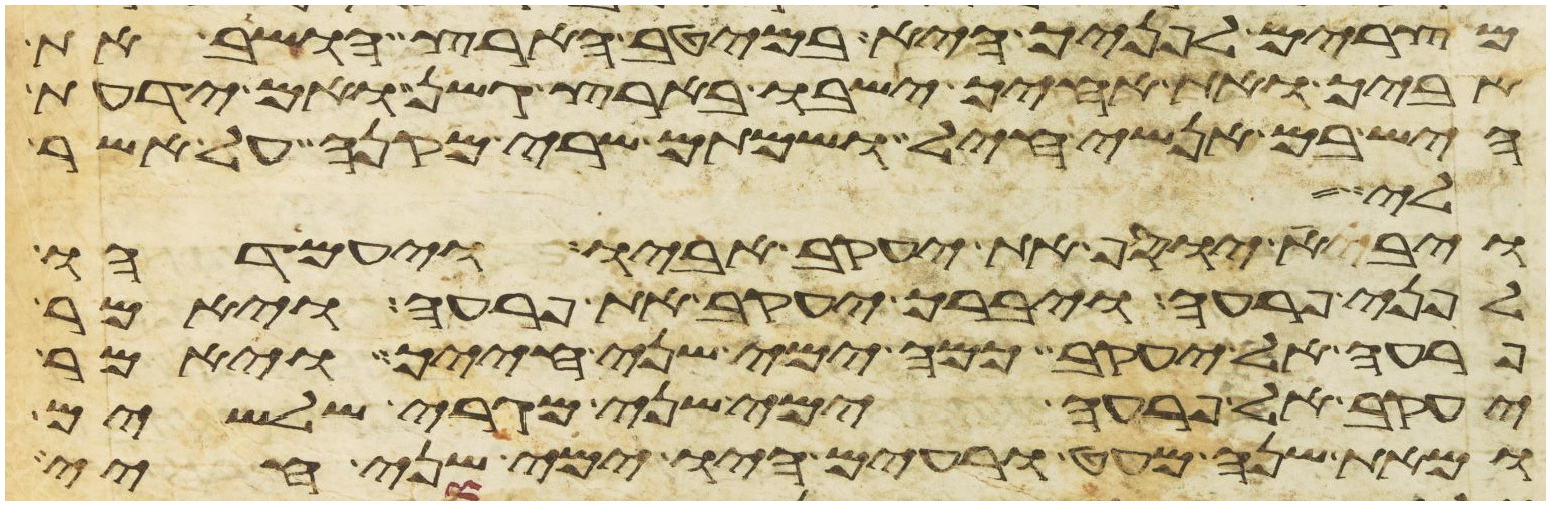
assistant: מצרים לפניך היא במיטב הארץ הושב את
אביך ואת אחיך ישבו בארץ גשן ואם ידעת
היש בם אנשי חיל ושמתם שרי מקנה על אשר
ויבא יוסף את יעקב אביו ויעמדהו
לפני פרעה ויברך יעקב את פרעה ויאמר
פרעה אל יעקב כמה ימי שני חייך ויאמר
יעקב אל פרעה ימי שני מגרי שלשים
ומאת שנה מעט ורעים היו ימי שני חיי